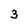
Character: 3